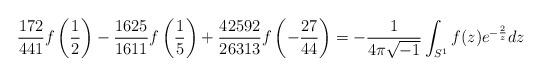
LaTeX: \begin{align*} \frac{172}{441} f \left(\frac{1}{2} \right)-\frac{1625}{1611} f \left(\frac{1}{5} \right) + \frac{42592}{26313} f \left(-\frac{27}{44} \right)= -\frac{1}{4 \pi \sqrt{-1}} \int_{S^1} f(z) e^{-\frac{2}{z}} dz \end{align*}